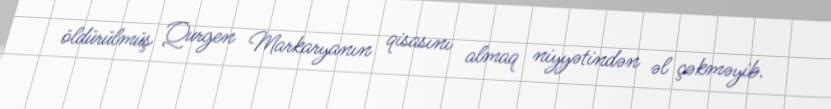
öldürülmüş Qurgen Markaryanın qisasını almaq niyyətindən əl çəkməyib.